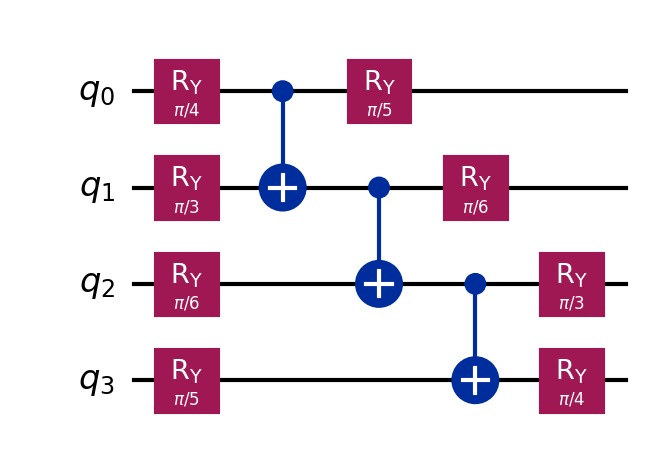
Description: VQE ansatz with Ry layers and CNOT entangling
描述: 带Ry层和CNOT纠缠的VQE拟设
Category: advanced_algorithms (difficulty: advanced)
Qubits: 4, circuit depth: 5

Braket implementation:
import math
from braket.circuits import Circuit
angles = [math.pi/4, math.pi/3, math.pi/6, math.pi/5]
circuit = Circuit()
for i in range(4):
    circuit.ry(i, angles[i])
for i in range(3):
    circuit.cnot(i, i + 1)
for i in range(4):
    circuit.ry(i, angles[3 - i])

Qiskit implementation:
import math
from qiskit import QuantumCircuit
angles = [math.pi/4, math.pi/3, math.pi/6, math.pi/5]
circuit = QuantumCircuit(4)
for i in range(4):
    circuit.ry(angles[i], i)
for i in range(3):
    circuit.cx(i, i + 1)
for i in range(4):
    circuit.ry(angles[3 - i], i)